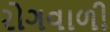
રોગવાળી